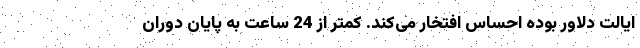
ایالت دلاوِر بوده احساس افتخار می‌کند. کمتر از 24 ساعت به پایان دوران